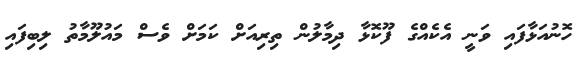
ހޮނުއަޅާފައި ވަނީ އެކެއްގެ ފޫކޮޅާ ދިމާލުން ތިރިއަށް ކަމަށް ވެސް މައުލޫމާތު ލިބިފައި